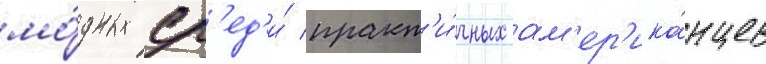
мо́дных ср'ед'и́ практ'и́чных ам'ер'ика́нцев